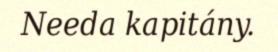
Needa kapitány.